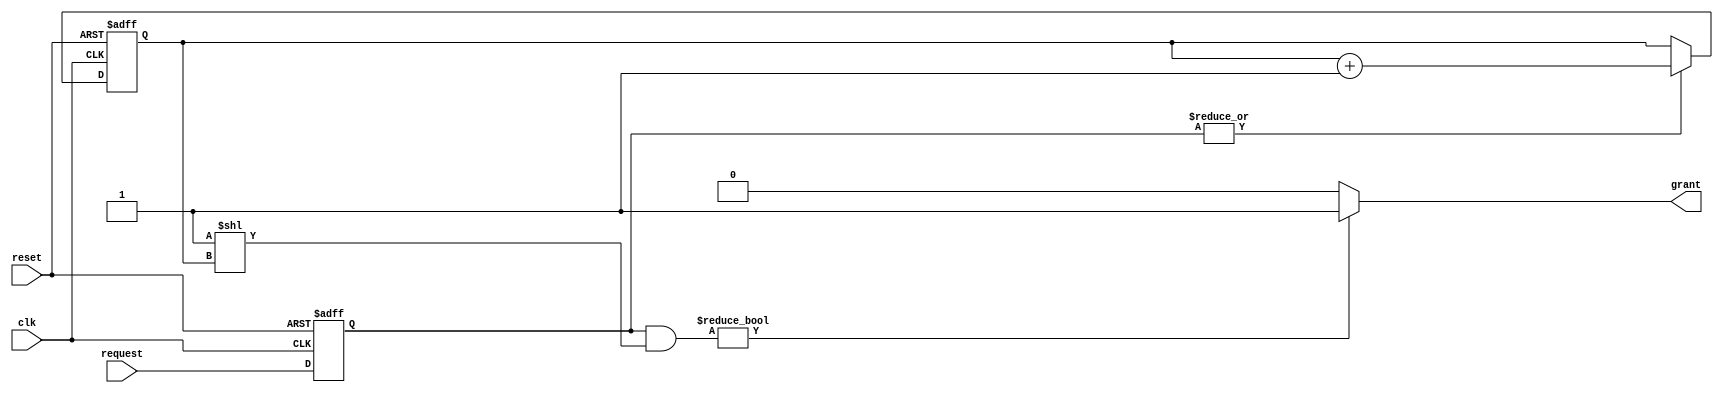
module serial_arbiter (
  input wire clk,
  input wire reset,
  input wire [N-1:0] request,
  output wire grant
);

  parameter N = 4; // Number of devices
  
  reg [N-1:0] request_reg;
  reg [N-1:0] priority;
  
  always @(posedge clk or posedge reset) begin
    if (reset) begin
      request_reg <= 0;
      priority <= 0;
    end
    else begin
      request_reg <= request;
      
      if (|request_reg) begin
        priority <= priority + 1;
      end
    end
  end
  
  assign grant = (request_reg & (1 << priority)) ? 1'b1 : 1'b0;
  
endmodule